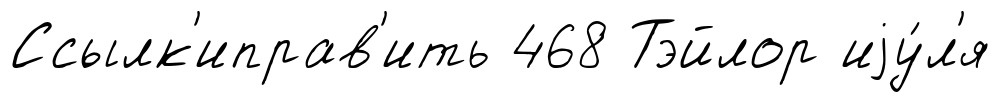
Ссылк'иправ'ить 468 Тэйлор иjу́л'я